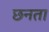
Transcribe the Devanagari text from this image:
छनता